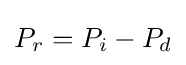
P_{r}=P_{i}-P_{d}